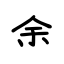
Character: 余